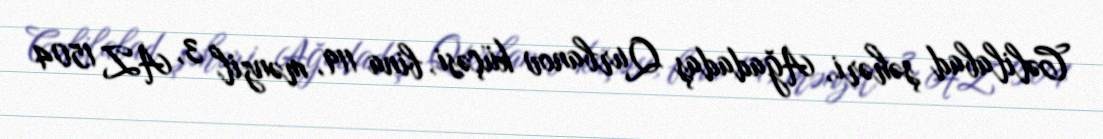
Cəlilabad şəhəri, Ağadadaş Qurbanov küçəsi, bina 119, mənzil 3, AZ 1504